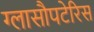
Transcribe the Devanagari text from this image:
ग्लासौपटेरिस